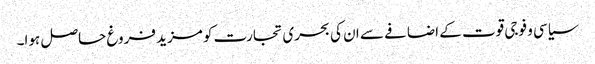
سیاسی و فوجی قوت کے اضافے سے ان کی بحری تجارت کو مزید فروغ حاصل ہوا۔